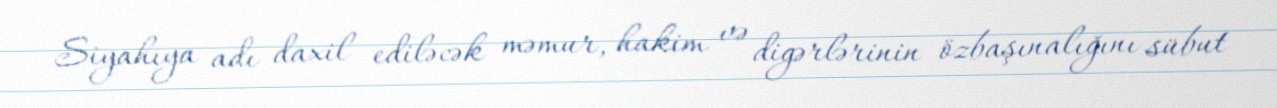
Siyahıya adı daxil ediləcək məmur, hakim və digərlərinin özbaşınalığını sübut